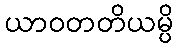
ယာဝတတိယမ္ပိ